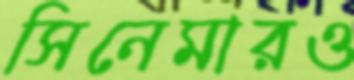
সিনেমারও